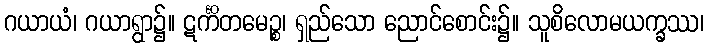
ဂယာယံ၊ ဂယာရွာ၌။ ဋင်္ကိတမေဉ္စ၊ ရှည်သော ညောင်စောင်း၌။ သူစိလောမယက္ခဿ၊